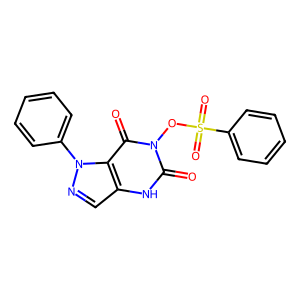
SMILES: O=c1[nH]c2cnn(-c3ccccc3)c2c(=O)n1OS(=O)(=O)c1ccccc1
Inhibits HIV replication: No